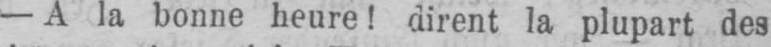
- A la bonne heure! dirent la plupart des